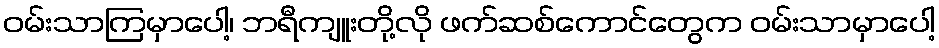
ဝမ်းသာကြမှာပေါ့၊ ဘရီကျူးတို့လို ဖက်ဆစ်ကောင်တွေက ဝမ်းသာမှာပေါ့